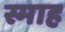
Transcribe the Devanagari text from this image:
स्माह